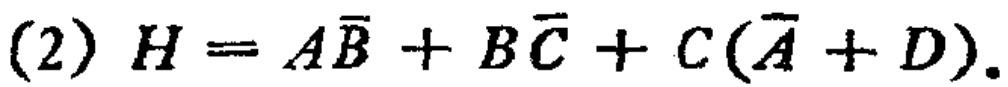
(2) \(H = A\overline{B}+B\overline{C}+C(\overline{A} + D)\)